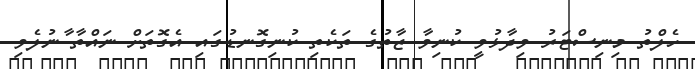
ހެލްތު މިނިސްޓަރު ވިދާޅުވީ ކުނިވާ ޒާތުގެ ތަކެތި ކުނިގޮނޑުގައި އެގޮތަށް ނައްތާ ާނުލެވި